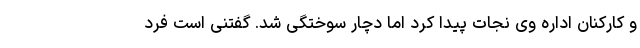
و کارکنان اداره وی نجات پیدا کرد اما دچار سوختگی شد. گفتنی است فرد